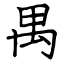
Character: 禺